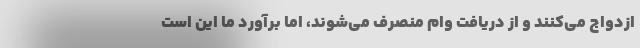
ازدواج می‌کنند و از دریافت وام منصرف می‌شوند، اما برآورد ما این است